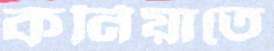
কর্নিয়াতে